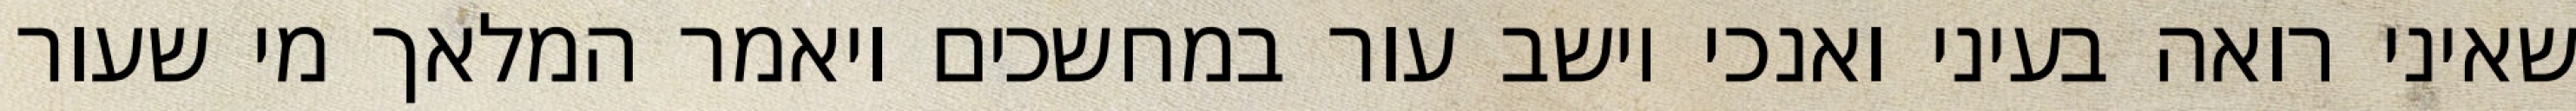
שאיני רואה בעיני ואנכי יושב עור במחשכים ויאמר המלאך מי שעור